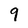
Character: 9